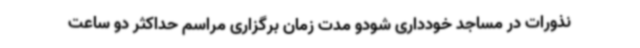
نذورات در مساجد خودداری شودو مدت زمان برگزاری مراسم حداکثر دو ساعت